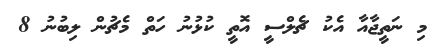
މި ނަތީޖާއާ އެކު ޗެލްސީ އޮތީ ކުޅުނު ހަތް މެޗުން ލިބުނު 8